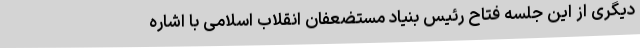
دیگری از این جلسه فتاح رئیس بنیاد مستضعفان انقلاب اسلامی با اشاره